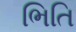
ભિતિ